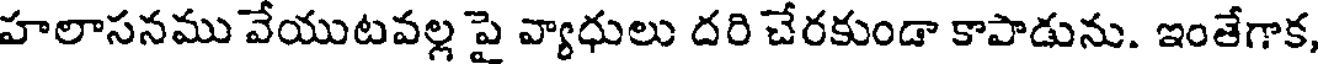
హలాసనము వేయుటవల్ల పై వ్యాధులు దరి చేరకుండా కాపాడును. ఇంతేగాక